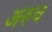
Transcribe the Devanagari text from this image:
अरुच